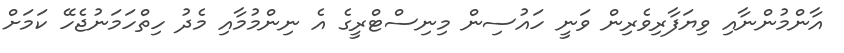
އާންމުންނާއި ވިޔަފާރިވެރިން ވަނީ ހައުސިން މިނިސްޓްރީގެ އެ ނިންމުމާއި މެދު ހިތްހަމަނުޖެހޭ ކަމަށް